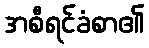
အစီရင်ခံစာ၏